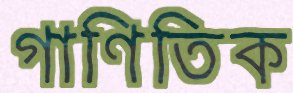
গাণিতিক